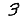
Digit: 3